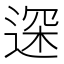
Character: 𲅢